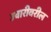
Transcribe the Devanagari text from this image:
ज्वारीवरील